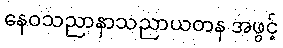
နေဝသညာနာသညာယတန အဖွင့်